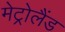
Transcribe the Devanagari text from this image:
मेट्रोलैंड